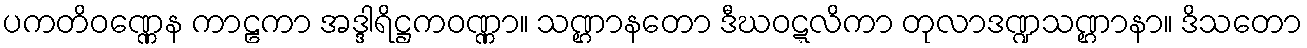
ပကတိဝဏ္ဏေန ကာဠကာ အဒ္ဒါရိဋ္ဌကဝဏ္ဏာ။ သဏ္ဌာနတော ဒီဃဝဋ္ဋလိကာ တုလာဒဏ္ဍသဏ္ဌာနာ။ ဒိသတော